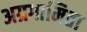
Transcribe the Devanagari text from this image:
अग्रगामिता